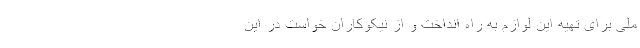
ملی برای تهیه این لوازم به راه انداخت و از نیکوکاران خواست در این